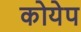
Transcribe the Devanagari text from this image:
कोयेप